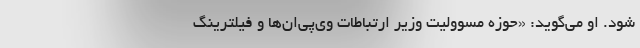
شود. او مي‌گويد: «حوزه مسووليت وزير ارتباطات وي‌پي‌ان‌ها و فيلترينگ